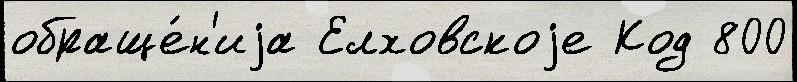
обраще́н'иjа Елховскоjе Код 800